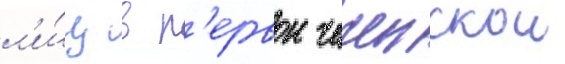
л'и́ц в п'ервои чеченскои